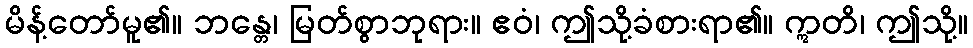
မိန့်တော်မူ၏။ ဘန္တေ၊ မြတ်စွာဘုရား။ ဧဝံ၊ ဤသို့ခံစားရာ၏။ ဣတိ၊ ဤသို့။